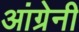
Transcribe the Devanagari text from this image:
आंग्रेनी